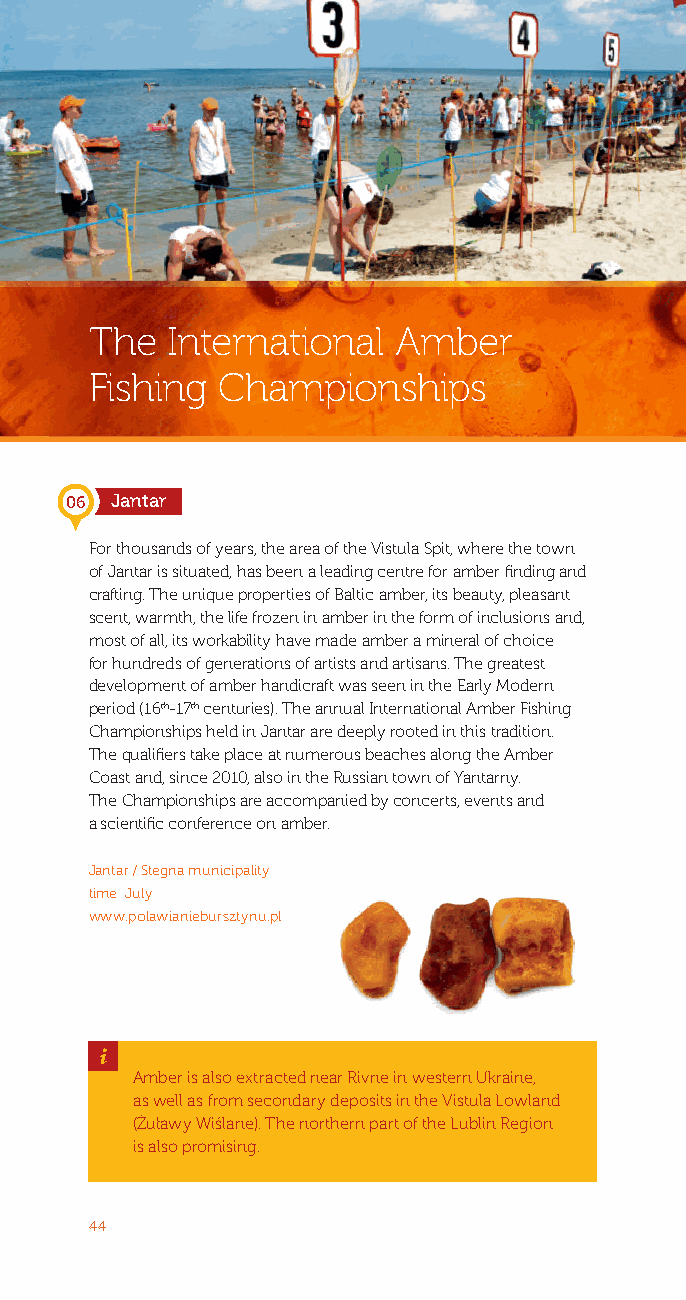
The  International  Amber
 Fishing Championships
 06 Jantar
 For thousands of years, the area of the Vistula Spit, where the town
 of Jantar is situated, has been a leading centre for amber finding and
 crafting. The unique properties of Baltic amber, its beauty, pleasant
 scent, warmth, the life frozen in amber in the form of inclusions and,
 most of all, its workability have made amber a mineral of choice
 for hundreds of generations of artists and artisans. The greatest
 development of amber handicraft was seen in the Early Modern
 period (16th-17th centuries). The annual International Amber Fishing
 Championships held in Jantar are deeply rooted in this tradition.
 The qualifiers take place at numerous beaches along the Amber
 Coast and, since 2010, also in the Russian town of Yantarny.
 The Championships are accompanied by concerts, events and
 a scientific conference on amber.
 Jantar / Stegna municipality
 time: July
 www.polawianiebursztynu.pl
 _
 Amber is also extracted near Rivne in western Ukraine,
 as well as from secondary deposits in the Vistula Lowland
 (Żuławy Wiślane). The northern part of the Lublin Region
 is also promising.
 44